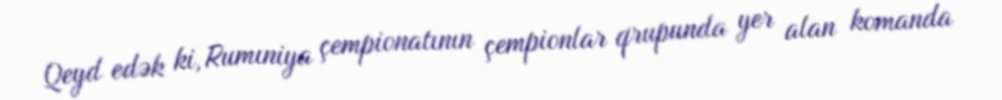
Qeyd edək ki, Rumıniya çempionatının çempionlar qrupunda yer alan komanda